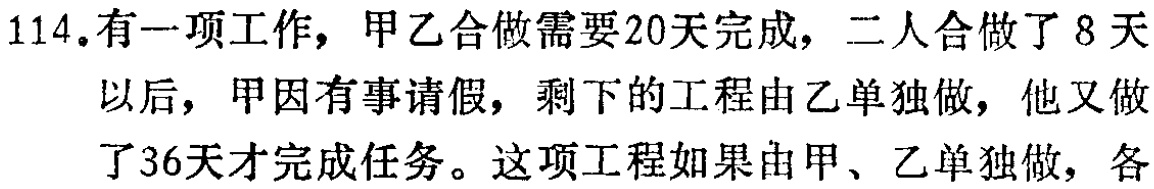
114.有一项工作，甲乙合做需要20天完成，二人合做了8 天以后，甲因有事请假，剩下的工程由乙单独做，他又做了36天才完成任务。这项工程如果由甲、乙单独做，各